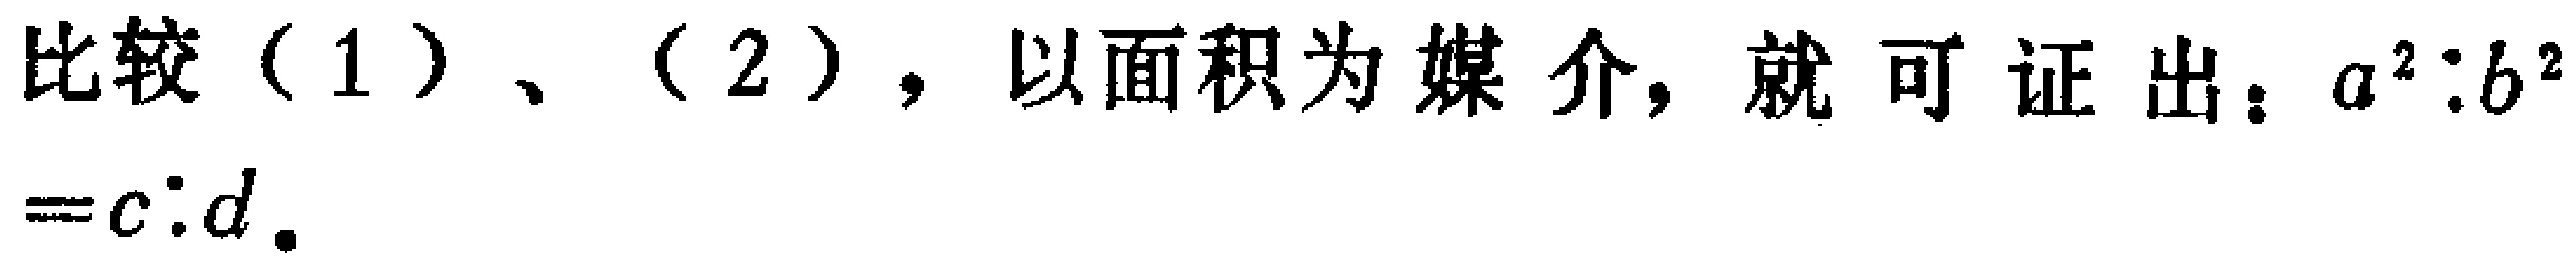
比较（1）、（2），以面积为媒介，就可证出：\(a^{2}:b^{2}=c:d\)。